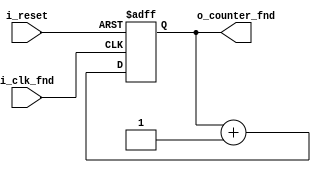
`timescale 1ns / 1ps

module counter_fnd(
    input i_clk_fnd,
    input i_reset,
    output [1:0] o_counter_fnd
    );

    reg [1:0] r_counter_fnd;
    assign o_counter_fnd = r_counter_fnd;

    always @(posedge i_clk_fnd or posedge i_reset) begin
        if(i_reset) begin
            r_counter_fnd <= 0;
        end

        else begin
            r_counter_fnd <= r_counter_fnd + 1;
        end
    end

endmodule